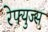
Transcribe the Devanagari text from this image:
रेफ्युज्स